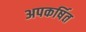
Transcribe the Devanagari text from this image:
अपकर्षित